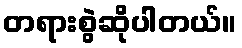
တရားစွဲဆိုပါတယ်။